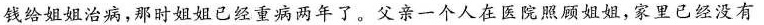
钱给姐姐治病，那时姐姐已经重病两年了。父亲一个人在医院照顾姐姐，家里已经没有